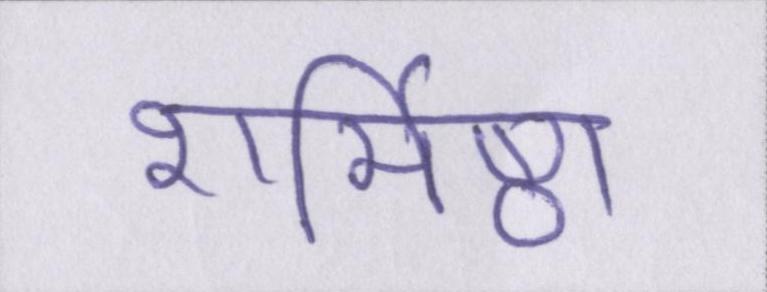
शर्मिष्ठा